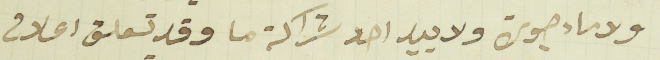
ولا ماءجورة ولا بيد احد شراكة ما وقد تعلق اعلان